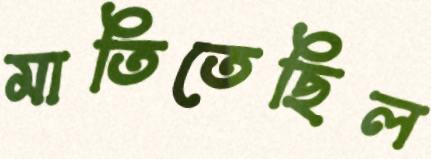
মাতিতেছিল